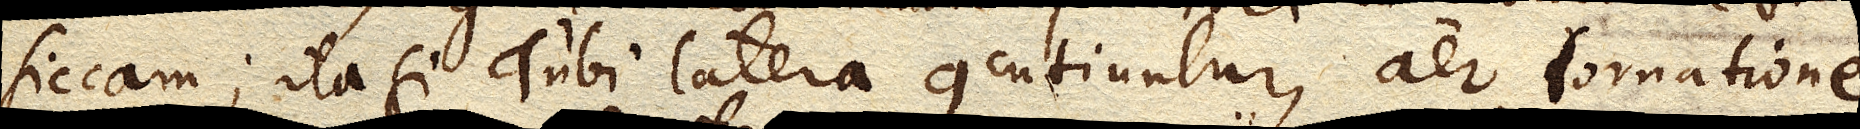
siccam; ita si Tubi latera concutiuntur, aer tornatione